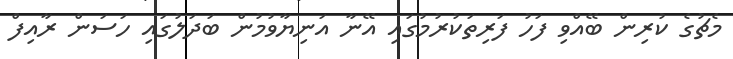
މެޗުގެ ކުރިން ބޭއްވި ފަހު ފަރިތަކުރުމުގައި އޭނާ އަނިޔާވުމުން ބަދަލުގައި ހަސަން ރާއިފް